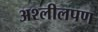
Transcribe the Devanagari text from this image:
अश्लीलपण